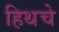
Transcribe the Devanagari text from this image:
हिथचे